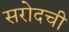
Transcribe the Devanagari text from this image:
सरोदची